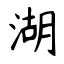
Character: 湖